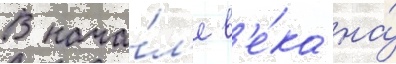
В нача́л'е в'е́ка на́